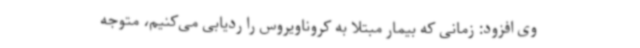
وی افزود: زمانی که بیمار مبتلا به کروناویروس را ردیابی می‌کنیم، متوجه